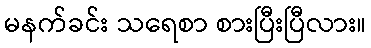
မနက်ခင်း သရေစာ စားပြီးပြီလား။